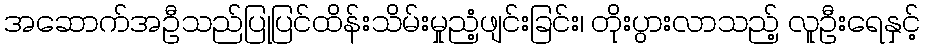
အဆောက်အဦသည်ပြုပြင်ထိန်းသိမ်းမှုညံ့ဖျင်းခြင်း၊ တိုးပွားလာသည့် လူဦးရေနှင့်